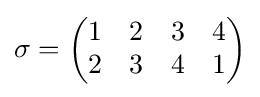
\sigma ={\begin{pmatrix}1&2&3&4\\2&3&4&1\end{pmatrix}}